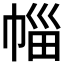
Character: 𭘦